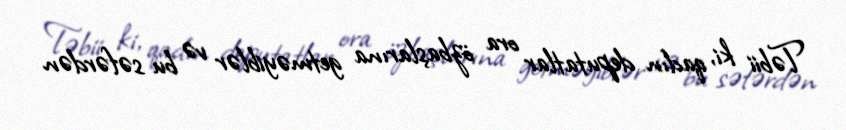
Təbii ki, qadın deputatlar ora özbaşlarına getməyiblər və bu səfərdən